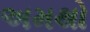
અમથો